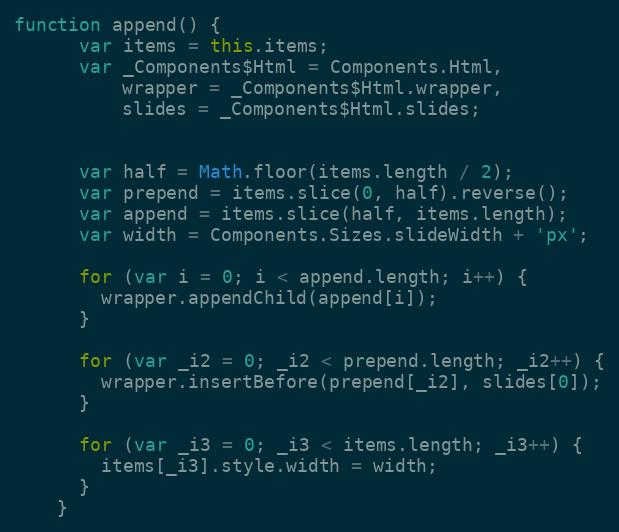
Language: JavaScript
function append() {
      var items = this.items;
      var _Components$Html = Components.Html,
          wrapper = _Components$Html.wrapper,
          slides = _Components$Html.slides;

      var half = Math.floor(items.length / 2);
      var prepend = items.slice(0, half).reverse();
      var append = items.slice(half, items.length);
      var width = Components.Sizes.slideWidth + 'px';

      for (var i = 0; i < append.length; i++) {
        wrapper.appendChild(append[i]);
      }

      for (var _i2 = 0; _i2 < prepend.length; _i2++) {
        wrapper.insertBefore(prepend[_i2], slides[0]);
      }

      for (var _i3 = 0; _i3 < items.length; _i3++) {
        items[_i3].style.width = width;
      }
    }